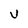
Character: V